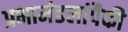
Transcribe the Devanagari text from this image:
प्रभामंडलांपैकी